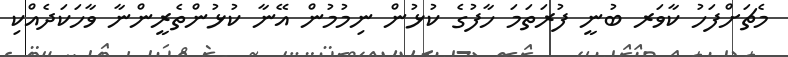
މެޗަށްފަހު ކާވަރ ބުނީ ފުރަތަމަ ހާފުގެ ކުޅުން ނިމުމުން އޭނާ ކުޅުންތެރީންނާ ވާހަކަދެއްކި